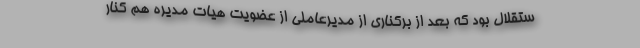
ستقلال بود که بعد از برکناری از مدیرعاملی از عضویت هیات مدیره هم کنار